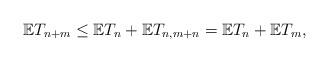
LaTeX: \begin{align*}\mathbb{E}T_{n+m} \leq \mathbb{E}T_n + \mathbb{E}T_{n,m+n} = \mathbb{E}T_n + \mathbb{E}T_m,\end{align*}